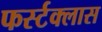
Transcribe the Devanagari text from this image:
फर्स्टक्लास